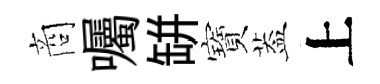
商囑缾寶葢上